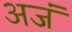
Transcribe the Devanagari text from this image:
अजं